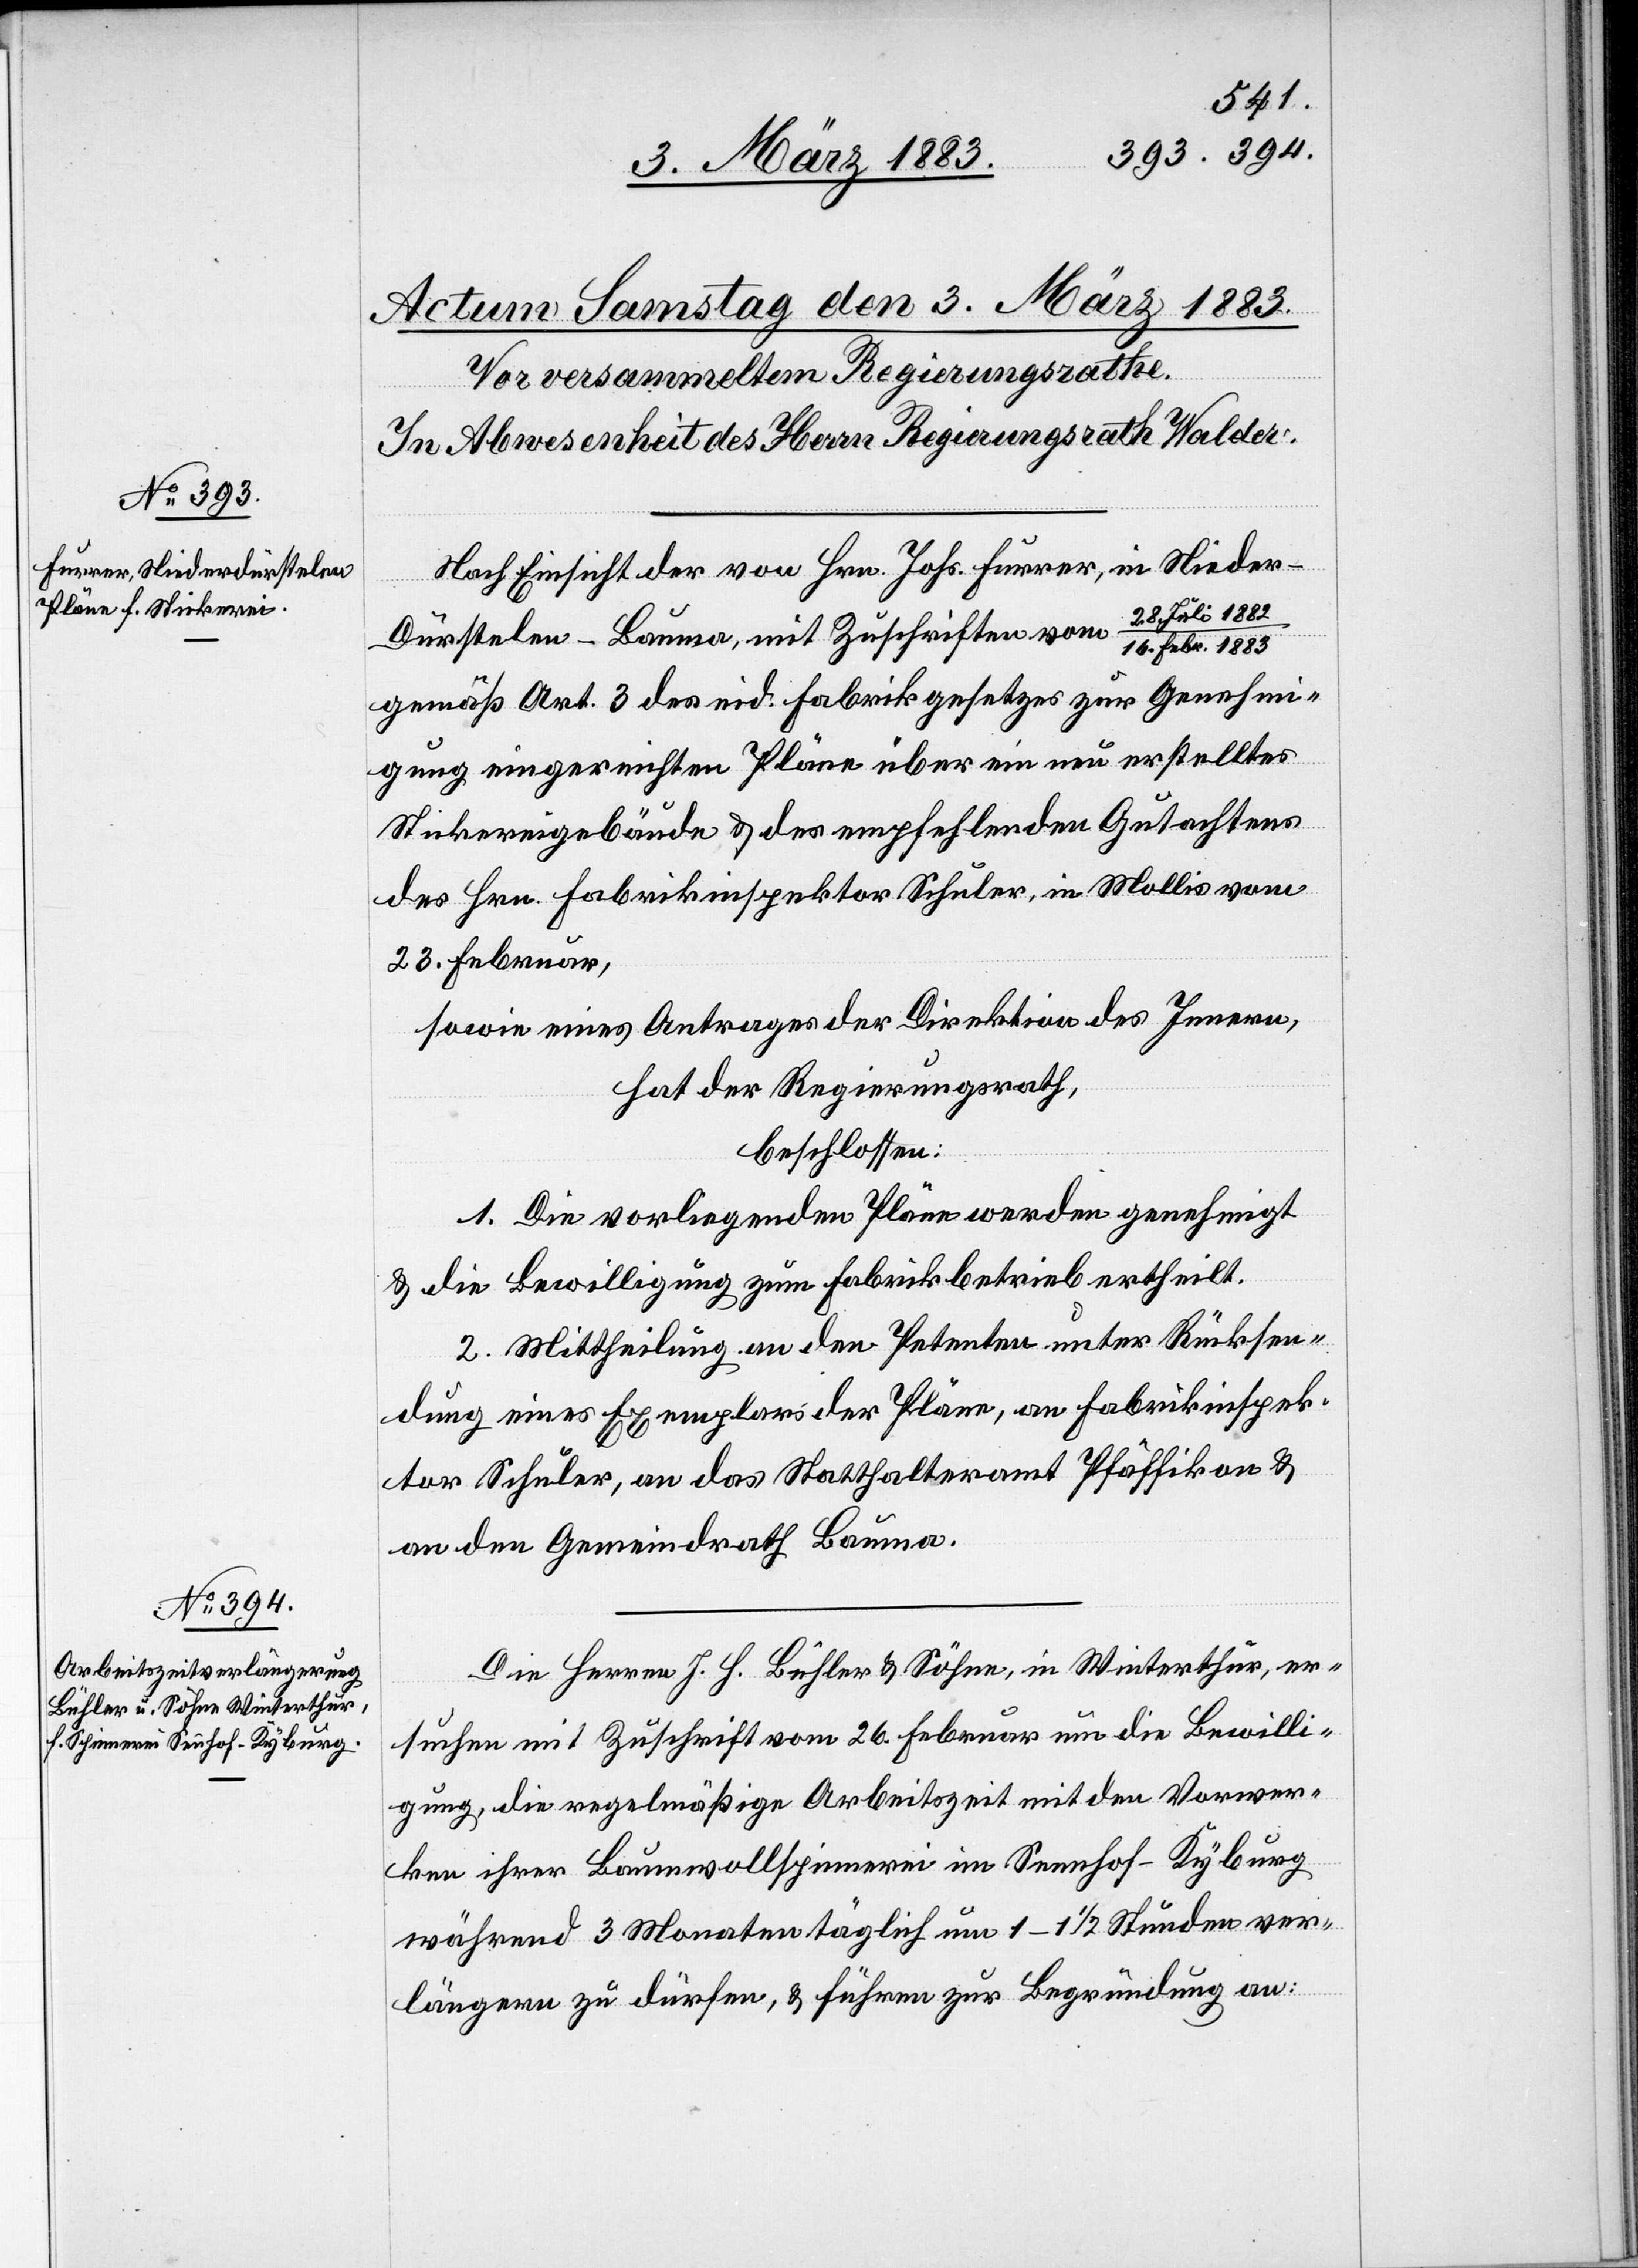
Nach Einsicht der von Hrn. Johs. Furrer, in Nieder-D¬
ürstelen - Bauma, mit Zuschriften vom 28. Juli
1882/16. Febr. 1883
gemäß Art. 3 des eid. Fabrikgesetzes zur Genehmi¬
gung eingereichten Pläne über ein neu erstelltes
Stickereigebäude & des empfehlenden Gutachtens
des Hrn. Fabrikinspektor Schuler, in Mollis vom
23. Februar,
sowie eines Antrages der Direktion des Innern,
hat der Regierungsrath,
beschlossen:
1. Die vorliegenden Pläne werden genehmigt
& die Bewilligung zum Fabrikbetrieb ertheilt.
2. Mittheilung an den Petenten unter Rücksen¬
dung eines Exemplars der Pläne, an Fabrikinspek¬
tor Schuler, an das Statthalteramt Pfäffikon &
an den Gemeindrath Bauma.
Die Herren J. H. Bühler & Söhne, in Winterthur, er¬
suchen mit Zuschrift vom 26. Februar um die Bewilli¬
gung, die regelmäßige Arbeitszeit mit den Vorwer¬
ken ihrer Baumwollspinnerei im Sennhof - Kyburg
während 3 Monaten täglich um 1–1 1/2 Stunden ver¬
längern zu dürfen, & führen zur Begründung an: